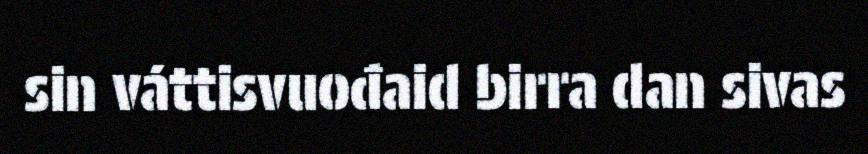
sin váttisvuođaid birra dan sivas